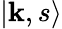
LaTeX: |\mathbf{k},s\rangle